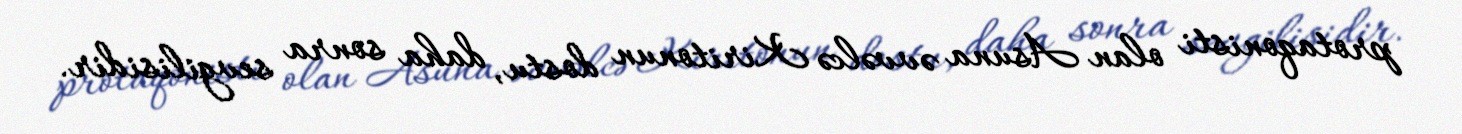
protaqonisti olan Asuna əvvəlcə Kiritonun dostu, daha sonra sevgilisidir.